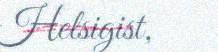
Helsigist,